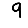
Digit: 9